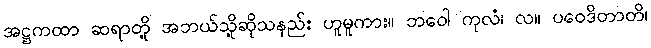
အဋ္ဌကထာ ဆရာတို့ အဘယ်သို့ဆိုသနည်း ဟူမူကား။ ဘဝေါ ကုလံ၊ လ။ ပဝေဒိတာတိ၊